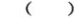
( )